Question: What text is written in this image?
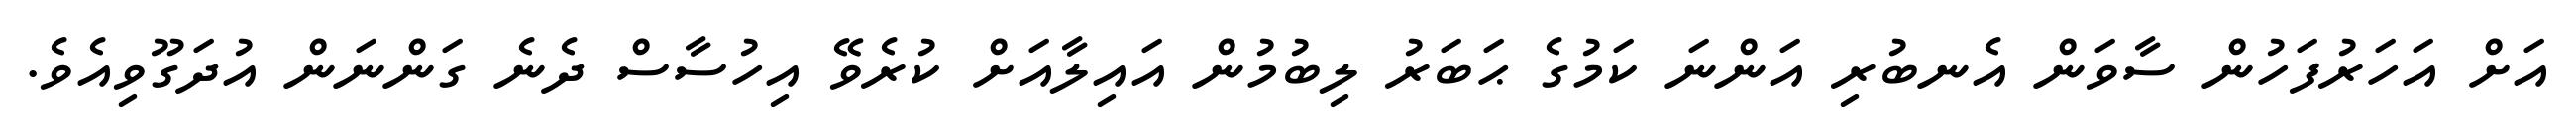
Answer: އަށް އަހަރުފަހުން ސާވަން އެނބުރި އަންނަ ކަމުގެ ޙަބަރު ލިބުމުން އައިލާއަށް ކުރެވޭ އިހުސާސް ދެނެ ގަންނަން އުދަގޫވިއެވެ.